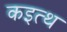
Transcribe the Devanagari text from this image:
कइत्थ